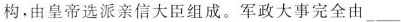
构，由皇帝选派亲信大臣组成。军政大事完全由___